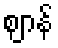
ဈာန်